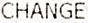
CHANGE